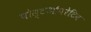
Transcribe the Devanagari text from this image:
पोस्टऑपरेटिव